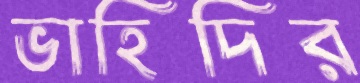
ভাহিদির